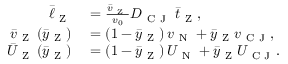
\begin{array} { r l } { \bar { \ell } _ { \mathrm { ~ Z ~ } } } & { { } = \frac { \bar { v } _ { \mathrm { ~ Z ~ } } } { v _ { 0 } } D _ { \mathrm { ~ C ~ J ~ } } \; \bar { t } _ { \mathrm { ~ Z ~ } } , } \\ { \bar { v } _ { \mathrm { ~ Z ~ } } \left( \bar { y } _ { \mathrm { ~ Z ~ } } \right) } & { { } = \left( 1 - \bar { y } _ { \mathrm { ~ Z ~ } } \right) v _ { \mathrm { ~ N ~ } } + \bar { y } _ { \mathrm { ~ Z ~ } } v _ { \mathrm { ~ C ~ J ~ } } , } \\ { \bar { U } _ { \mathrm { ~ Z ~ } } \left( \bar { y } _ { \mathrm { ~ Z ~ } } \right) } & { { } = \left( 1 - \bar { y } _ { \mathrm { ~ Z ~ } } \right) U _ { \mathrm { ~ N ~ } } + \bar { y } _ { \mathrm { ~ Z ~ } } U _ { \mathrm { ~ C ~ J ~ } } . } \end{array}